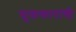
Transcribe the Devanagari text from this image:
सूक्तकारांची